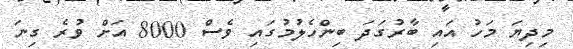
މިދިޔަ މަހު އައި ބާރުގަދަ ބިންހެލުމުގައި ވެސް 8000 އަށް ވުރެ ގިނަ